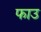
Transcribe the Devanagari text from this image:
फाउ